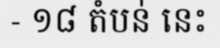
- ១៨ តំបន់ នេះ